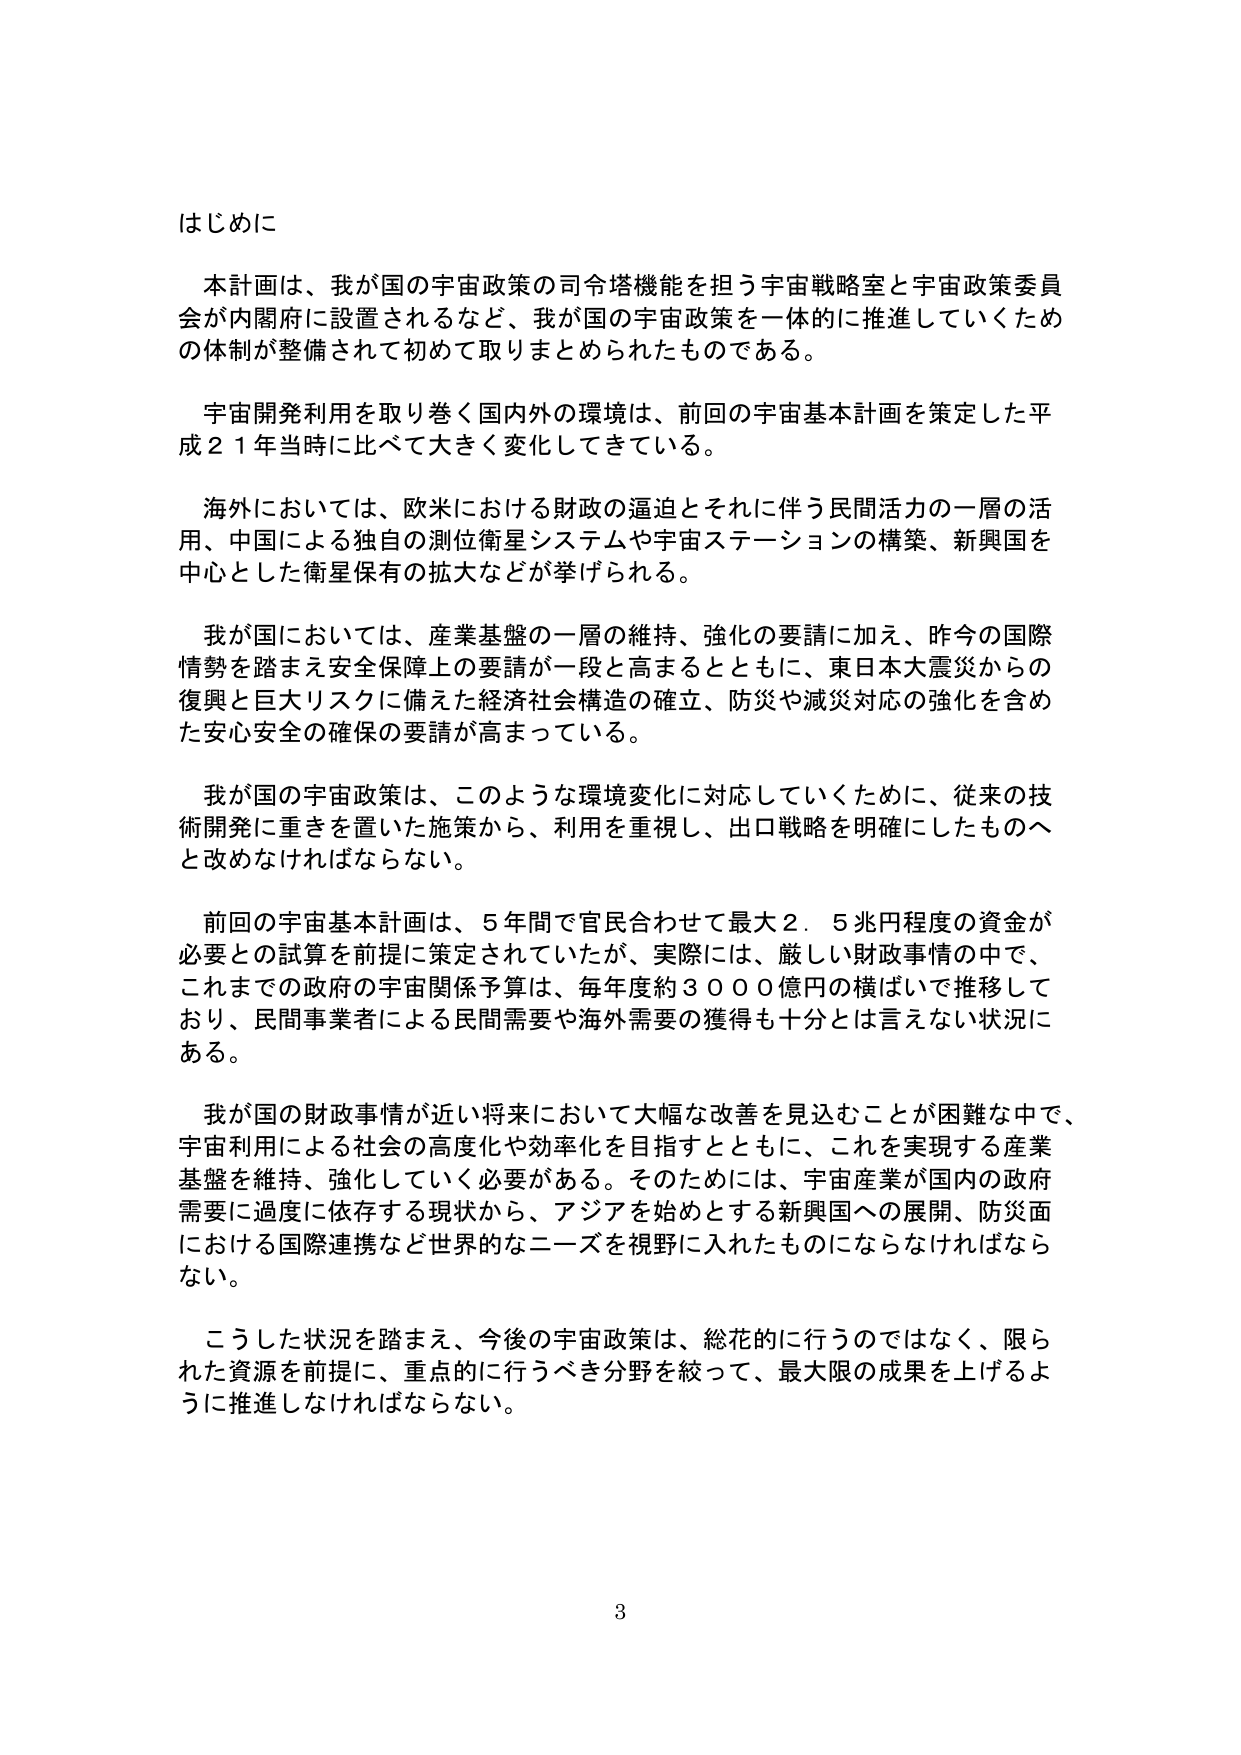
はじめに

本計画は、我が国の宇宙政策の司令塔機能を担う宇宙戦略室と宇宙政策委員会が内閣府に設置されるなど、我が国の宇宙政策を一体的に推進していくための体制が整備されて初めて取りまとめられたものである。

宇宙開発利用を取り巻く国内外の環境は、前回の宇宙基本計画を策定した平成21年当時に比べて大きく変化してきている。

海外においては、欧米における財政の逼迫とそれに伴う民間活力の一層の活用、中国による独自の測位衛星システムや宇宙ステーションの構築、新興国を中心とした衛星保有の拡大などが挙げられる。

我が国においては、産業基盤の一層の維持、強化の要請に加え、昨今の国際情勢を踏まえ安全保障上の要請が一段と高まるとともに、東日本大震災からの復興と巨大リスクに備えた経済社会構造の確立、防災や減災対応の強化を含めた安心安全の確保の要請が高まっている。

我が国の宇宙政策は、このような環境変化に対応していくために、従来の技術開発に重きを置いた施策から、利用を重視し、出口戦略を明確にしたものへと改めなければならない。

前回の宇宙基本計画は、5年間で官民合わせて最大2.5兆円程度の資金が必要との試算を前提に策定されていたが、実際には、厳しい財政事情の中で、これまでの政府の宇宙関係予算は、毎年度約3000億円の横ばいで推移しており、民間事業者による民間需要や海外需要の獲得も十分とは言えない状況にある。

我が国の財政事情が近い将来において大幅な改善を見込むことが困難な中で、宇宙利用による社会の高度化や効率化を目指すとともに、これを実現する産業基盤を維持、強化していく必要がある。そのためには、宇宙産業が国内の政府需要に過度に依存する現状から、アジアを始めとする新興国への展開、防災面における国際連携など世界的なニーズを視野に入れたものにならなければならない。

こうした状況を踏まえ、今後の宇宙政策は、総花的に行うのではなく、限られた資源を前提に、重点的に行うべき分野を絞って、最大限の成果を上げるように推進しなければならない。

3